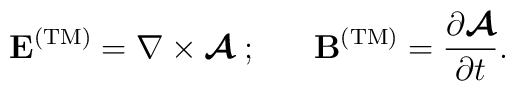
{\bf E}^{\rm (TM)} = \nabla\times\mbox{\boldmath$\cal A$} \; ;\;\;\;\;\;\; {\bf B}^{\rm (TM)} = {\partial \mbox{\boldmath$\cal A$}\over \partial t}.